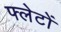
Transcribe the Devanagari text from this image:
फ्लेटों